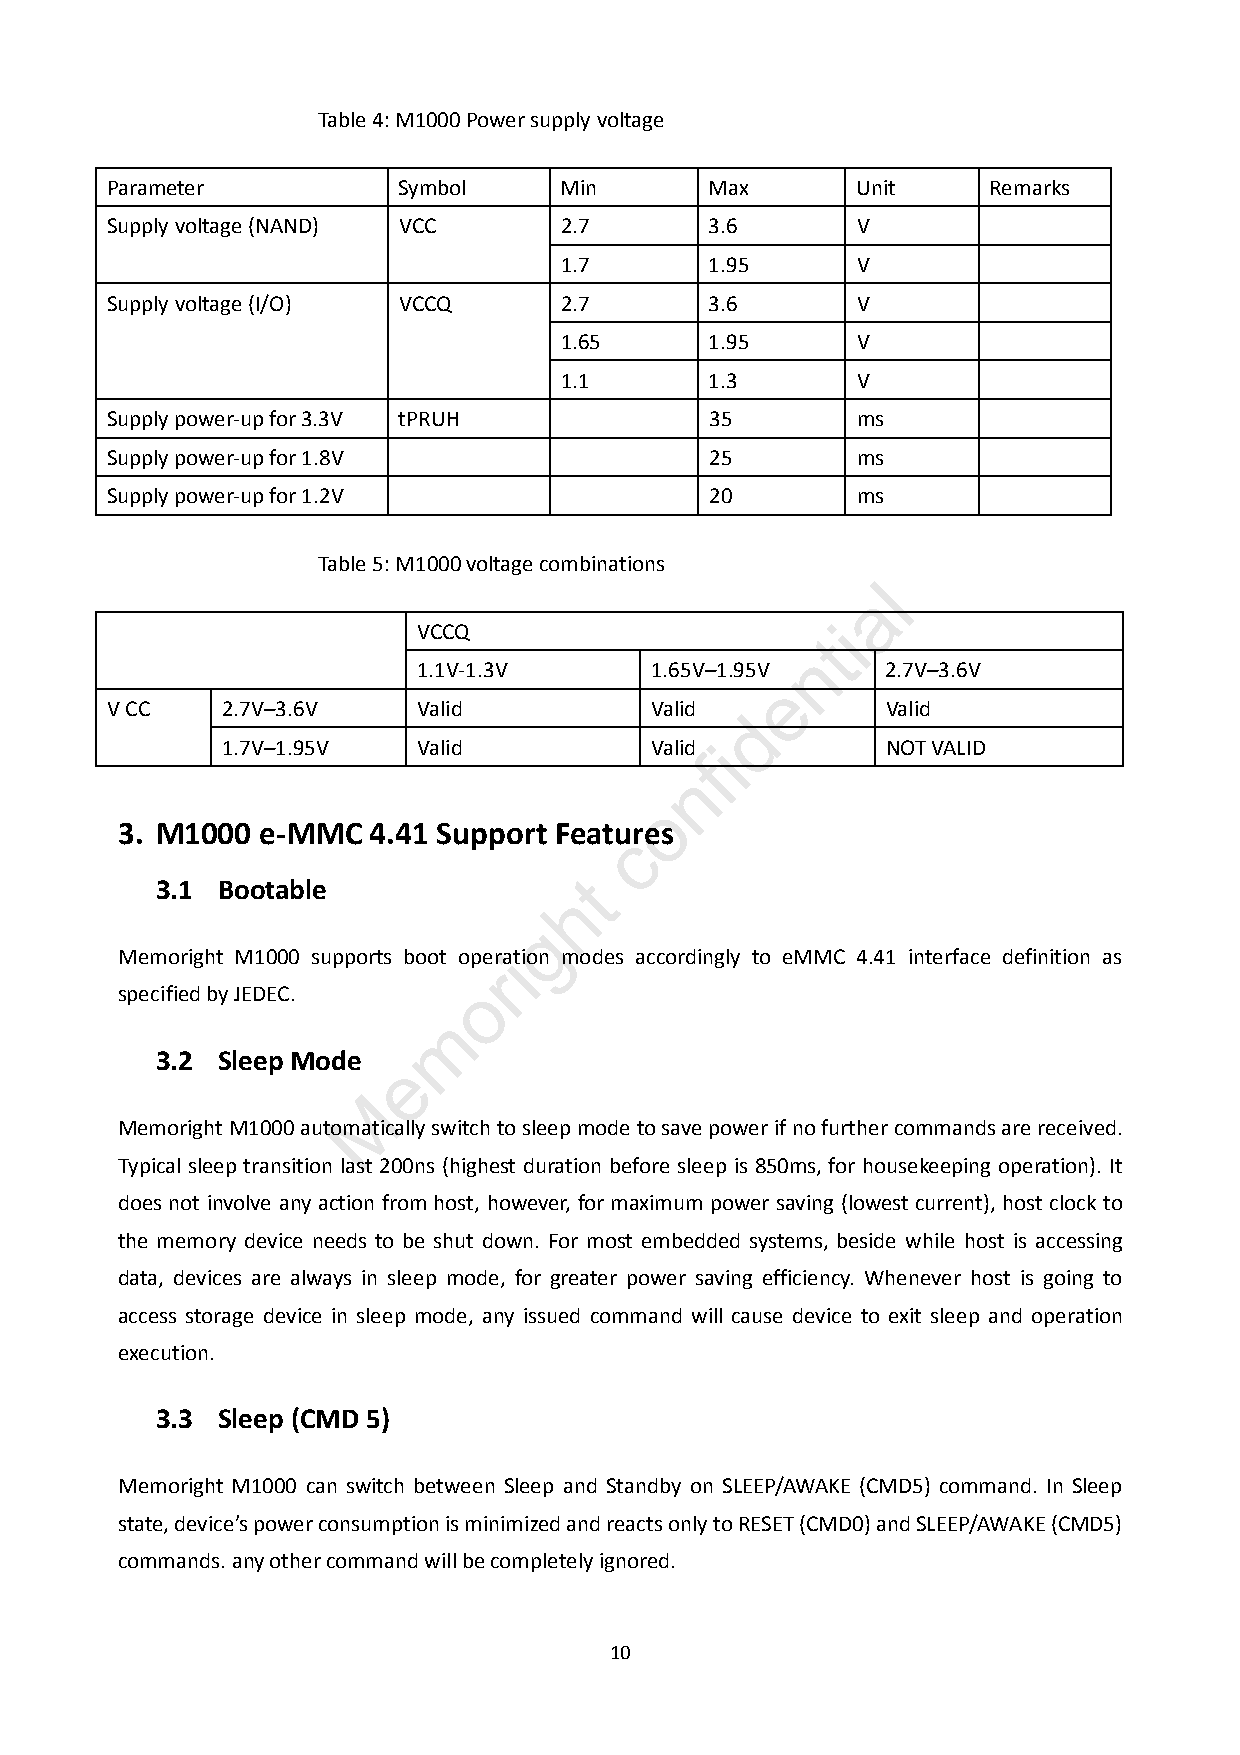
Table 4: M1000 Power supply voltage
 Parameter          Symbol     Min       Max       Unit     Remarks
 Supply voltage (NAND) VCC     2.7       3.6       V
 1.7       1.95      V
 Supply voltage (I/O) VCCQ     2.7       3.6       V
 1.65      1.95      V
 1.1       1.3       V
 Supply power-up for 3.3V tPRUH          35        ms
 Supply power-up for 1.8V                25        ms
 Supply power-up for 1.2V                20        ms
 Table 5: M1000 voltage combinations
 l
 a
 VCCQ                       i
 t
 n
 1.1V-1.3V      1.65V–1.95V     2.7V–3.6V
 e
 V CC    2.7V–3.6V    Valid          Valid           Valid
 d
 1.7V–1.95V   Valid          Valid i         NOT VALID
 f
 n
 o
 3. M1000 e-MMC  4.41 Support Features
 c
 3.1 Bootable                t
 h
 g
 Memoright M1000 supports boot operiation modes accordingly to eMMC 4.41 interface definition as
 r
 specified by JEDEC.    o
 m
 3.2 Sleep Mode
 e
 M
 Memoright M1000 automatically switch to sleep mode to save power if no further commands are received.
 Typical sleep transition last 200ns (highest duration before sleep is 850ms, for housekeeping operation). It
 does not involve any action from host, however, for maximum power saving (lowest current), host clock to
 the memory device needs to be shut down. For most embedded systems, beside while host is accessing
 data, devices are always in sleep mode, for greater power saving efficiency. Whenever host is going to
 access storage device in sleep mode, any issued command will cause device to exit sleep and operation
 execution.
 3.3 Sleep (CMD 5)
 Memoright M1000 can switch between Sleep and Standby on SLEEP/AWAKE (CMD5) command. In Sleep
 state, device’s power consumption is minimized and reacts only to RESET (CMD0) and SLEEP/AWAKE (CMD5)
 commands. any other command will be completely ignored.
 10